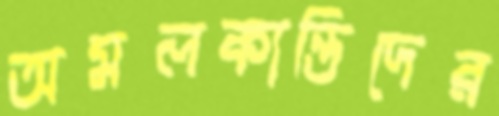
অমলকান্তিদের